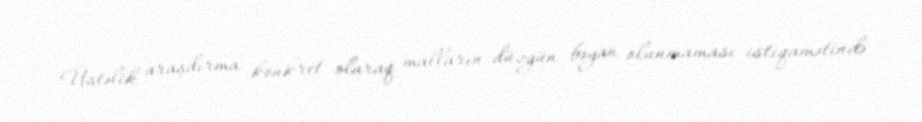
Üstəlik araşdırma konkret olaraq malların düzgün bəyan olunmaması istiqamətində